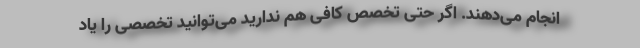
انجام می‌دهند. اگر حتی تخصص کافی هم ندارید می‌توانید تخصصی را یاد